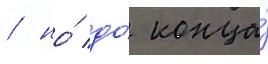
/ но́ до́ конца́